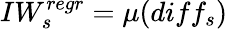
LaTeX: IW_{s}^{regr}=\mu(diff_{s})